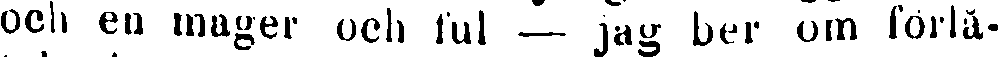
och eu mager och ful — jag ber om förlå-